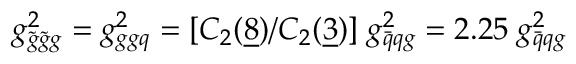
g _ { \tilde { g } \tilde { g } g } ^ { 2 } = g _ { g g q } ^ { 2 } = [ C _ { 2 } ( { \underline { { 8 } } } ) / C _ { 2 } ( { \underline { { 3 } } } ) ] \; g _ { \bar { q } q g } ^ { 2 } = 2 . 2 5 \; g _ { \bar { q } q g } ^ { 2 }